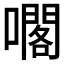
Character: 𡁤